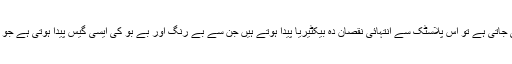
جب اس پلاسٹک پر مشتمل ملبے سے زمین کی بھرائی کی جاتی ہے تو اس پلاسٹک سے انتہائی نقصان دہ بیکٹیریا پیدا ہوتے ہیں جن سے بے رنگ اور بے بو کی ایسی گیس پیدا ہوتی ہے جو کہ زمینی فضا میں افزائشِ حرارت کی ایک بڑی وجہ ہے۔